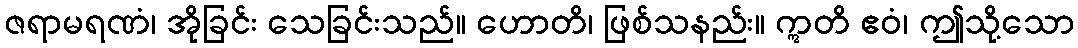
ဇရာမရဏံ၊ အိုခြင်း သေခြင်းသည်။ ဟောတိ၊ ဖြစ်သနည်း။ ဣတိ ဧဝံ၊ ဤသို့သော